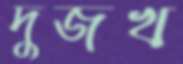
দুজখ